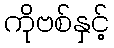
ကိုဗစ်နှင့်